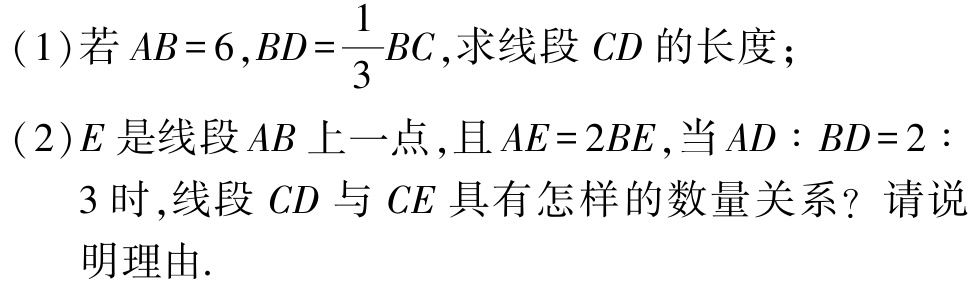
(1)若\(AB = 6,BD=\frac{1}{3}BC\),求线段\(CD\)的长度；

(2)\(E\)是线段\(AB\)上一点,且\(AE = 2BE\),当\(AD:BD = 2:3\)时,线段\(CD\)与\(CE\)具有怎样的数量关系？请说明理由.